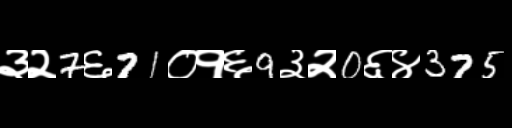
Text: ३२7६71०१६9३२0६४375